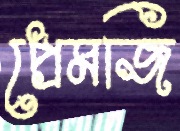
প্রেমজি